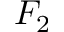
F _ { 2 }